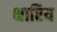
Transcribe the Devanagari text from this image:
क्षारिय